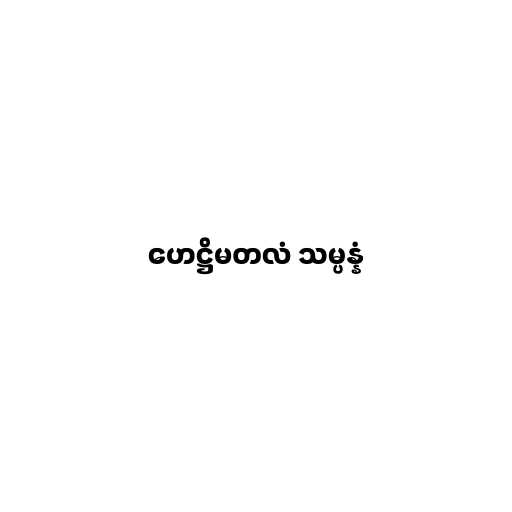
ဟေဋ္ဌိမတလံ သမ္ပန္နံ